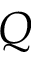
Q